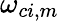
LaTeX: \omega_{{ci},m}